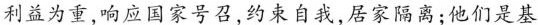
利益为重，响应国家号召，约束自我，居家隔离；他们是基